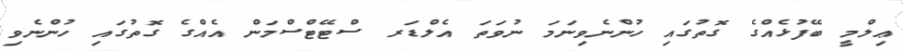
ޢިލްމީ ބޭފުޅެއްގެ ގޮތުގައި ހުންނެވިނަމަ ނުވަތަ އެލްޑަރ ސްޓޭޓްސްމަން އެއްގެ ގޮތުގައި ހުންނެވި